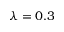
\lambda = 0 . 3